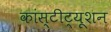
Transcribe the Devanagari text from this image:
कांस्टीट्यूशन